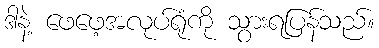
ဒါနဲ့ ဖေဖေ့အလုပ်ရုံကို သွားရပြန်သည်။